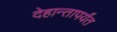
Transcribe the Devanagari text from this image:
देहान्तापर्यंत